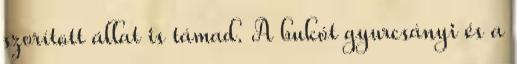
szorított állat is támad. A bukót gyurcsányi és a